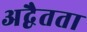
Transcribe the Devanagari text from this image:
अद्वैतता